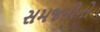
સમજતીનો